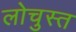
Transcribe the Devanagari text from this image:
लोचुस्त